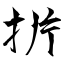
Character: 扸